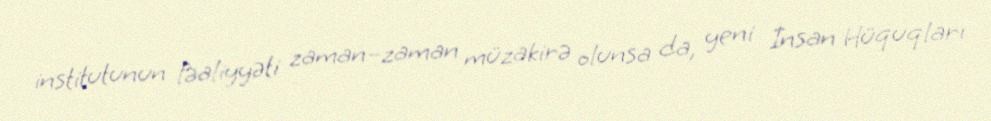
institutunun fəaliyyəti zaman–zaman müzakirə olunsa da, yeni İnsan Hüquqları